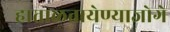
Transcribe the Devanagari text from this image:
हाताळतायेण्याजोगे